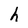
Character: h